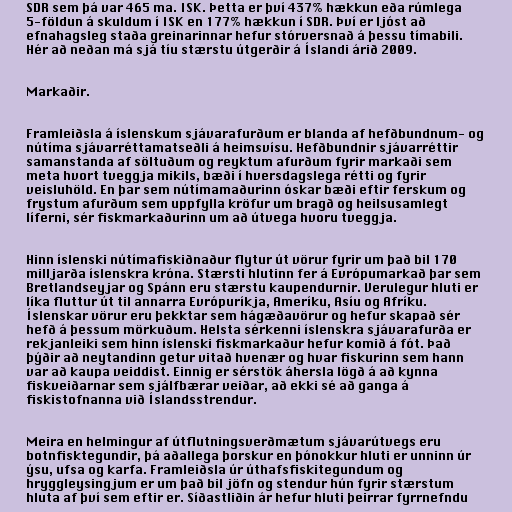
SDR sem þá var 465 ma. ISK. Þetta er því 437% hækkun eða rúmlega
5-földun á skuldum í ISK en 177% hækkun í SDR. Því er ljóst að
efnahagsleg staða greinarinnar hefur stórversnað á þessu tímabili.
Hér að neðan má sjá tíu stærstu útgerðir á Íslandi árið 2009.

Markaðir.

Framleiðsla á íslenskum sjávarafurðum er blanda af hefðbundnum- og
nútíma sjávarréttamatseðli á heimsvísu. Hefðbundnir sjávarréttir
samanstanda af söltuðum og reyktum afurðum fyrir markaði sem
meta hvort tveggja mikils, bæði í hversdagslega rétti og fyrir
veisluhöld. En þar sem nútímamaðurinn óskar bæði eftir ferskum og
frystum afurðum sem uppfylla kröfur um bragð og heilsusamlegt
líferni, sér fiskmarkaðurinn um að útvega hvoru tveggja.

Hinn íslenski nútímafiskiðnaður flytur út vörur fyrir um það bil 170
milljarða íslenskra króna. Stærsti hlutinn fer á Evrópumarkað þar sem
Bretlandseyjar og Spánn eru stærstu kaupendurnir. Verulegur hluti er
líka fluttur út til annarra Evrópuríkja, Ameríku, Asíu og Afríku.
Íslenskar vörur eru þekktar sem hágæðavörur og hefur skapað sér
hefð á þessum mörkuðum. Helsta sérkenni íslenskra sjávarafurða er
rekjanleiki sem hinn íslenski fiskmarkaður hefur komið á fót. Það
þýðir að neytandinn getur vitað hvenær og hvar fiskurinn sem hann
var að kaupa veiddist. Einnig er sérstök áhersla lögð á að kynna
fiskveiðarnar sem sjálfbærar veiðar, að ekki sé að ganga á
fiskistofnanna við Íslandsstrendur.

Meira en helmingur af útflutningsverðmætum sjávarútvegs eru
botnfisktegundir, þá aðallega þorskur en þónokkur hluti er unninn úr
ýsu, ufsa og karfa. Framleiðsla úr úthafsfiskitegundum og
hryggleysingjum er um það bil jöfn og stendur hún fyrir stærstum
hluta af því sem eftir er. Síðastliðin ár hefur hluti þeirrar fyrrnefndu